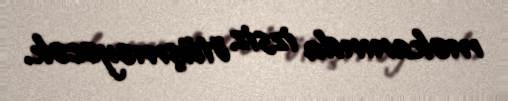
məkanında izsiz ötüşməyəcək.